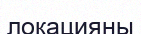
локацияны